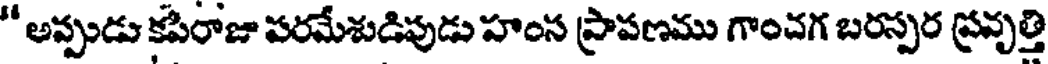
" అప్పుడు కపిరాజు పరమేశుడిపుడు హంస ప్రాపణము గాంచగ బరస్పర ప్రవృత్తి